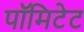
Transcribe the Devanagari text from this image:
पॉमिटेट